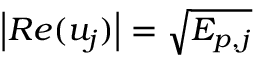
\left| R e ( u _ { j } ) \right| = \sqrt { E _ { p , j } }